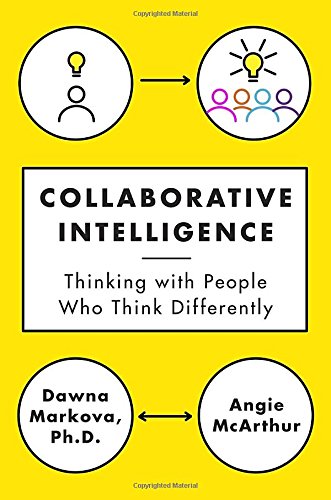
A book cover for Collaborative Intelligence: Thinking with People Who Think Differently; Dawna Markova; Self-Help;